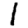
Digit: 1